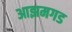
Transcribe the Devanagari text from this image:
आझमगड